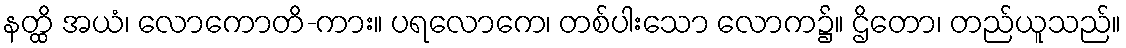
နတ္ထိ အယံ၊ လောကောတိ-ကား။ ပရလောကေ၊ တစ်ပါးသော လောက၌။ ဌိတော၊ တည်ယူသည်။